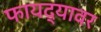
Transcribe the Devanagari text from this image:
फायद्यावर